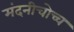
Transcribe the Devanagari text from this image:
मंदनीचोच्च